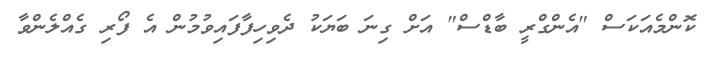
ކޮންމެއަކަސް "އެންގްރީ ބާޑްސް" އަށް ގިނަ ބަޔަކު ދެވިހިފާފައިވުމުން އެ ފޯރި ގެއްލެންވާ